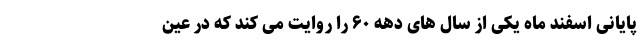
پایانی اسفند ماه یکی از سال ‌های دهه ۶۰ را روایت می کند که در عینِ